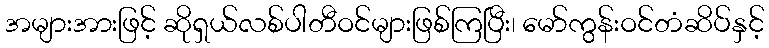
အများအားဖြင့် ဆိုရှယ်လစ်ပါတီဝင်များဖြစ်ကြပြီး၊ မော်ကွန်းဝင်တံဆိပ်နှင့်